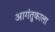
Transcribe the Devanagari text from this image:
आगंतुकाला